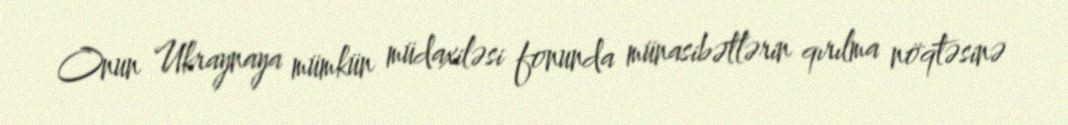
Onun Ukraynaya mümkün müdaxiləsi fonunda münasibətlərin qırılma nöqtəsinə